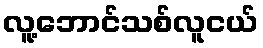
လူ့ဘောင်သစ်လူငယ်